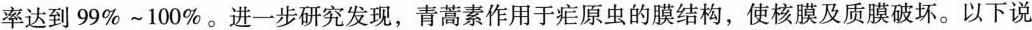
率达到99%~100%。进一步研究发现，青蒿素作用于疟原虫的膜结构，使核膜及质膜破坏。以下说